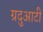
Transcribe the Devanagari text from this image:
ग्रदुआटीं